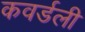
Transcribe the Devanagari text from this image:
कवर्डली